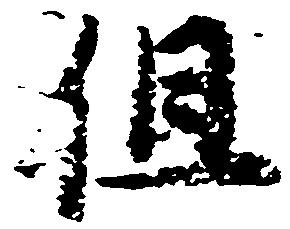
但